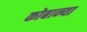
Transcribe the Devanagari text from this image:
कोबान्या